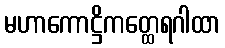
မဟာကောဋ္ဌိကတ္ထေရဂါထာ